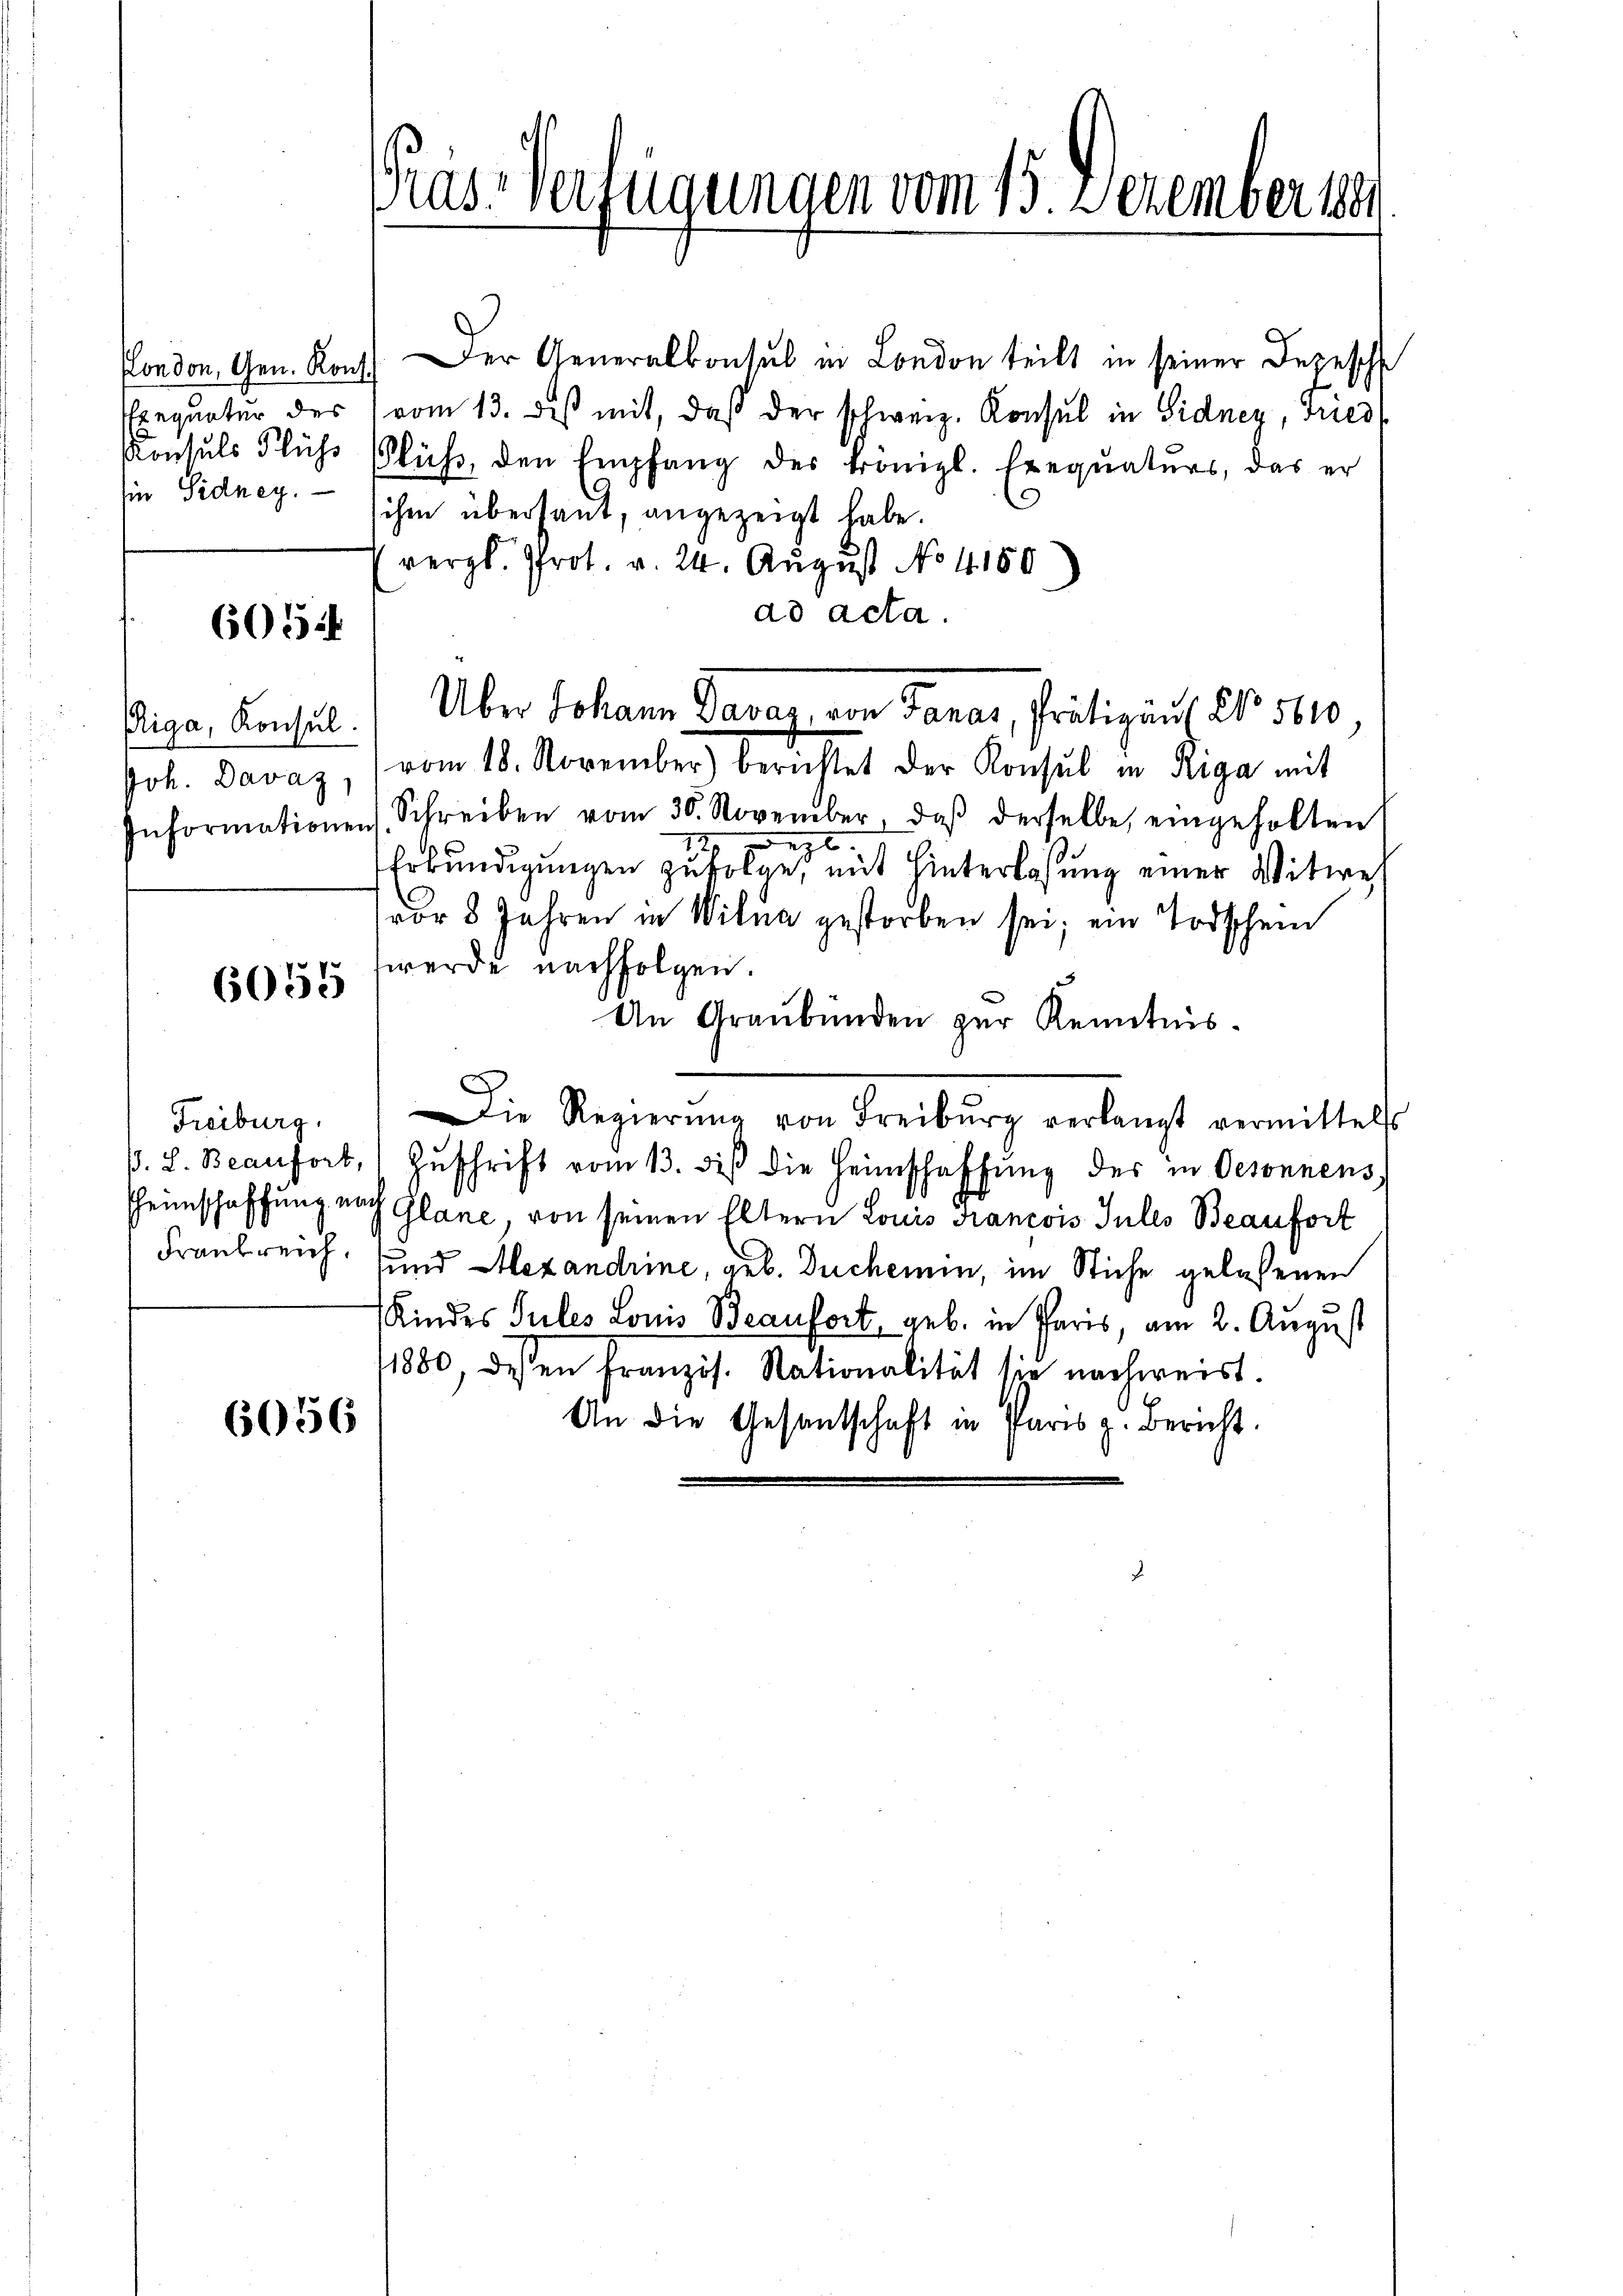
London, Gen. Kons.
Ein Sidney.

6054

6055

Der Generalkonsul in London teilt in seiner Depesche
Exequatur des (vom 13. des mit, daβ der schweiz. Konsul in Sidnez, Tries
Konsuls Flühs Flüβ, den Empfang des Königl. Exequaturs, das er
ihm überhaut, angezeigt habe.
vergl. Prot. v. 24. August No. 4180
ad acta.
Eigo, Konsul ( Über Johann Davaz, von Tanar, Prätizaus No. 5610,
Joh. Davaz, (vom 18. November) berichtet der Konsul in Riga mit
Informationen Schreiben vom 30. November, daβ derselbe eingeholten
60. 196.
Erkundigungen zufolge, mit Hinterlassung einer Witwe,
vor 8 Jahren in Wilna gestorben sei; ein Todschein
werde nachfolgen.
An Graubünden zur Kenntnis.
Freiburg. Die Regierŭng von Freiburg verlangt vermittels
p. L. Beanfort, Zŭschrift vom 13. diβ die Heimschaffŭng des in Oesonnens
Heimschaffung nach Glane, von seinen Eltern Louis Francois Jules Beaufort
Frankreich und Alexandrine, geb. Duchemin, im Stiche gelassenen
Kindes Sules Louis Beaufort, geb. in Paris, am 2. August
11880, dessen Französ. Nationalität sie nachweist.
An die Gesantschaft in Paris p. Bericht.
6056

as-Verfügungen vom 15. Dezember 1891